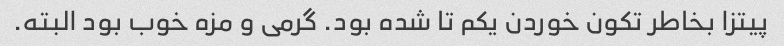
پیتزا بخاطر تکون خوردن یکم تا شده بود. گرمی و مزه خوب بود البته.